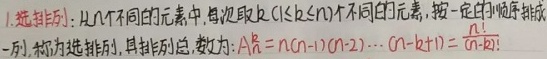
1. 选排列：从 \(n\) 个不同的元素中，每次取 \(k\)（\(1\leq k\leq n\)）个不同的元素，按一定的顺序排成一列，称为选排列，其排列总数为：
\[A_{n}^{k}=n(n - 1)(n - 2)\cdots(n - k + 1)=\frac{n!}{(n - k)!}\] 。